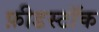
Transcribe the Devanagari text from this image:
फ़ीडस्टॉक